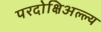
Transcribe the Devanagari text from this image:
परदोक्षिअल्ल्य